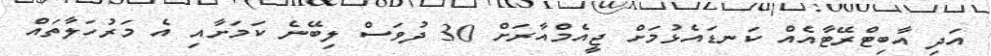
އަދި އާބިޓްރޭޓާއެއް ކަނޑައެޅުމަށް ޖީއެމްއާރަށް 30 ދުވަސް ލިބޭނެ ކަމަށާއި އެ މަރުހަލާތައް